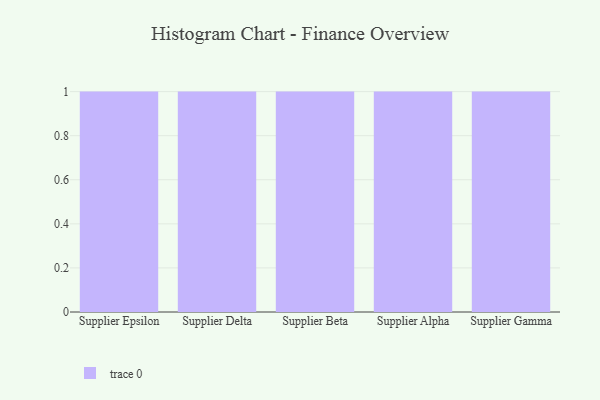
{"axis": {"x": "Supplier", "y": "Bounce Rate (%)"}, "legend": [""], "data": [{"x": "Supplier Epsilon", "y": 41, "type": ""}, {"x": "Supplier Delta", "y": 48, "type": ""}, {"x": "Supplier Beta", "y": 1, "type": ""}, {"x": "Supplier Alpha", "y": 68, "type": ""}, {"x": "Supplier Gamma", "y": 15, "type": ""}]}